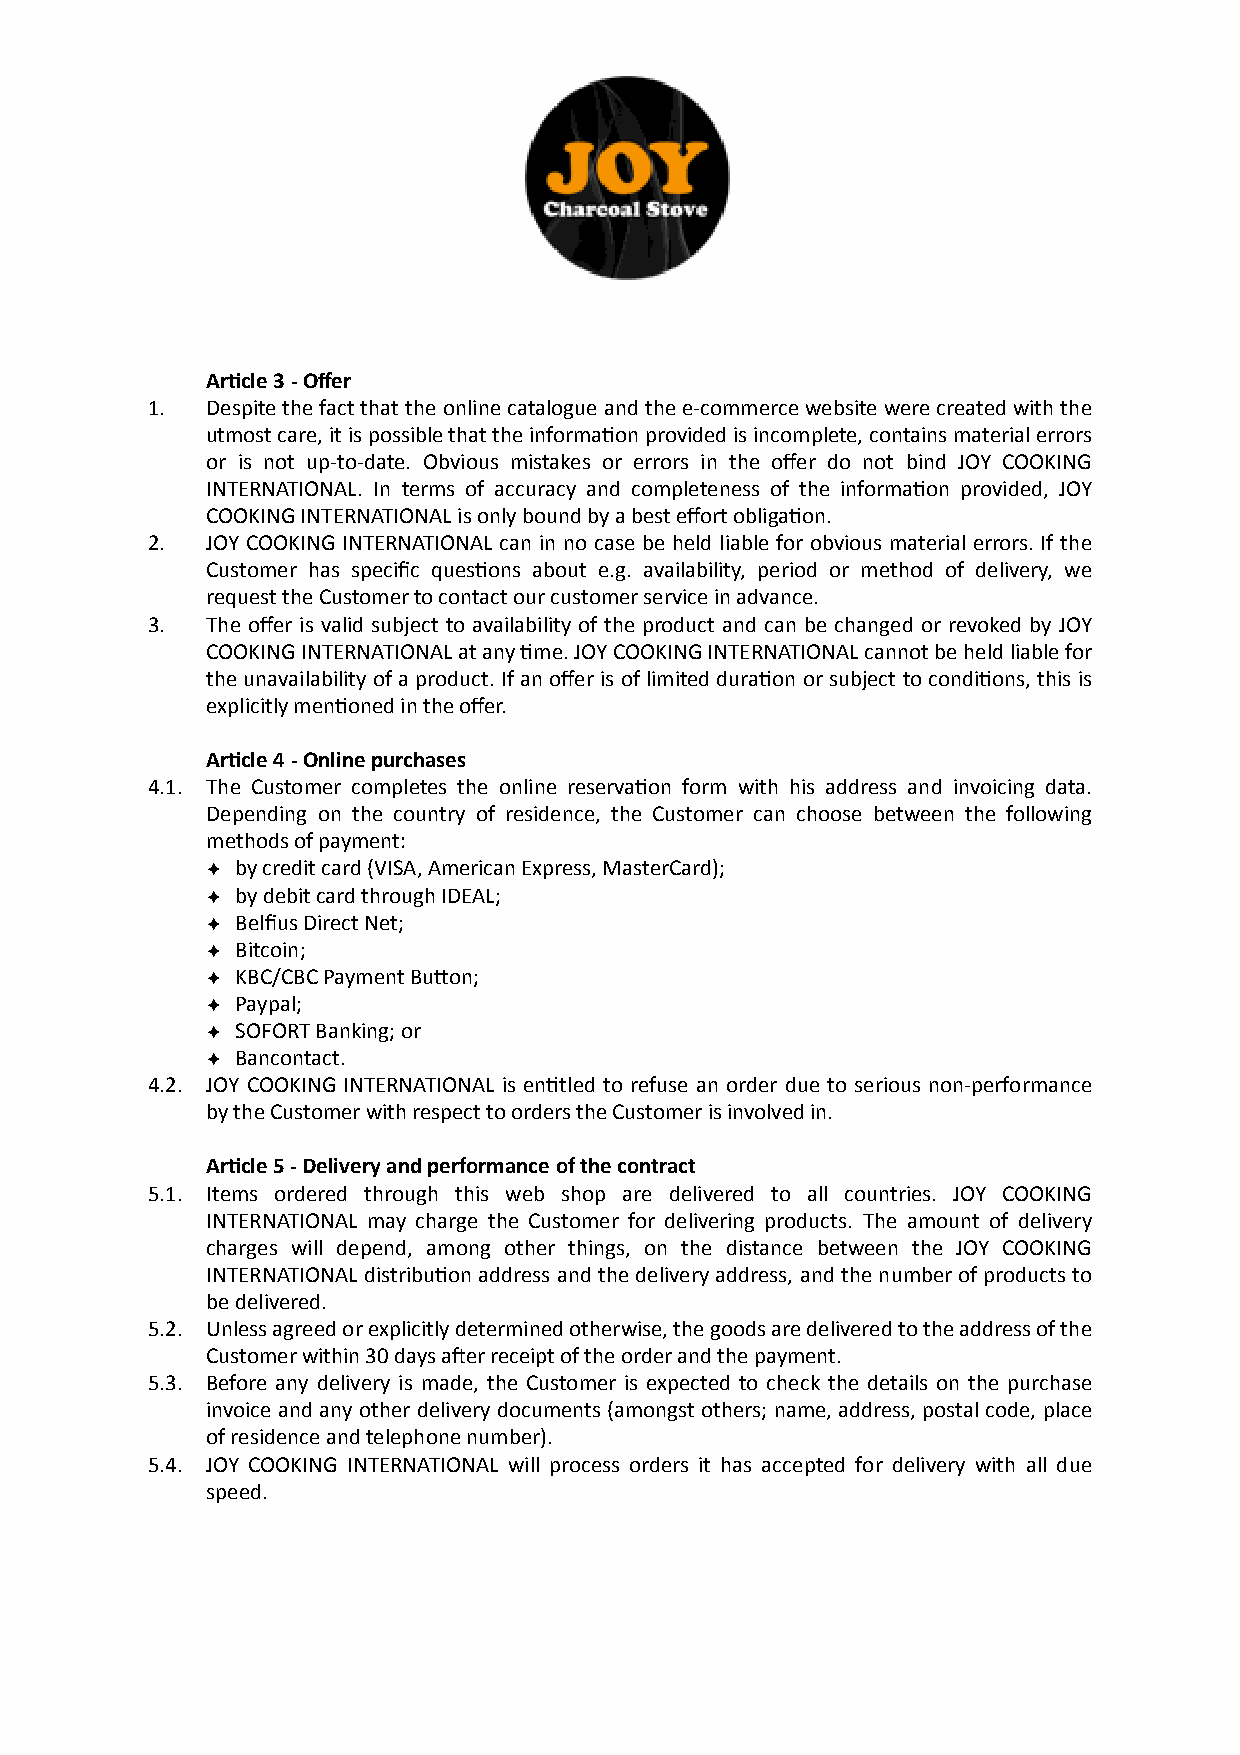

 3.  Ar?cle 3 - Offer
 1.  Despite the fact that the online catalogue and the e-commerce website were created with the
 utmost care, it is possible that the informa9on provided is incomplete, contains material errors
 or is not up-to-date. Obvious mistakes or errors in the offer do not bind JOY COOKING
 INTERNATIONAL. In terms of accuracy and completeness of the informa9on provided, JOY
 COOKING INTERNATIONAL is only bound by a best effort obliga9on.
 2.  JOY COOKING INTERNATIONAL can in no case be held liable for obvious material errors. If the
 Customer has specific ques9ons about e.g. availability, period or method of delivery, we
 request the Customer to contact our customer service in advance.
 3.  The offer is valid subject to availability of the product and can be changed or revoked by JOY
 COOKING INTERNATIONAL at any 9me. JOY COOKING INTERNATIONAL cannot be held liable for
 the unavailability of a product. If an offer is of limited dura9on or subject to condi9ons, this is
 explicitly men9oned in the offer.
 4.  Ar?cle 4 - Online purchases
 4.1. The Customer completes the online reserva9on form with his address and invoicing data.
 Depending on the country of residence, the Customer can choose between the following
 methods of payment:
 ✦ by credit card (VISA, American Express, MasterCard);
 ✦ by debit card through IDEAL;
 ✦ Belfius Direct Net;
 ✦ Bitcoin;
 ✦ KBC/CBC Payment Bulon;
 ✦ Paypal;
 ✦ SOFORT Banking; or
 ✦ Bancontact.
 4.2. JOY COOKING INTERNATIONAL is en9tled to refuse an order due to serious non-performance
 by the Customer with respect to orders the Customer is involved in.
 5.  Ar?cle 5 - Delivery and performance of the contract
 5.1. Items ordered through this web shop are delivered to all countries. JOY COOKING
 INTERNATIONAL may charge the Customer for delivering products. The amount of delivery
 charges will depend, among other things, on the distance between the JOY COOKING
 INTERNATIONAL distribu9on address and the delivery address, and the number of products to
 be delivered.
 5.2. Unless agreed or explicitly determined otherwise, the goods are delivered to the address of the
 Customer within 30 days aWer receipt of the order and the payment.
 5.3. Before any delivery is made, the Customer is expected to check the details on the purchase
 invoice and any other delivery documents (amongst others; name, address, postal code, place
 of residence and telephone number).
 5.4. JOY COOKING INTERNATIONAL will process orders it has accepted for delivery with all due
 speed.